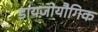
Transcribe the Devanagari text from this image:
डायज़ोयौगिक